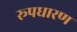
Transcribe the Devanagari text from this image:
रूपधारण